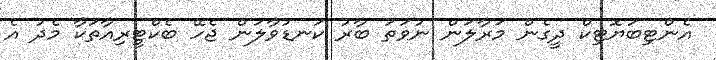
އެންޓިބަޔޮޓިކް ދީގެން މަރާލަން ނުވަތަ ބާރު ކަނޑުވާލަން ޖެހޭ ބެކްޓީރިއާތަކާ މެދު އެ